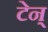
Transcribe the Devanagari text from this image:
टेन्